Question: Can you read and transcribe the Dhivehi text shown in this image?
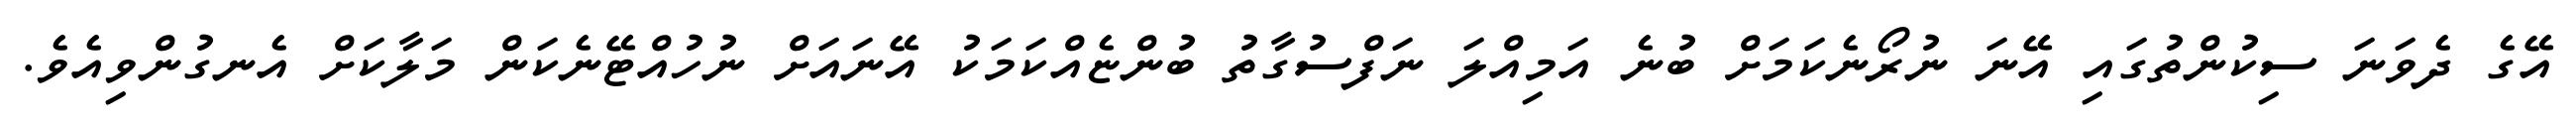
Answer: އޭގެ ދެވަނަ ސިކުންތުގައި އޭނަ ނުރޯނެކަމަށް ބުނެ އަމިއްލަ ނަފްސުގާތު ބުންޏެއްކަމަކު އޭނައަށް ނުހުއްޓޭނެކަން މަލާކަށް އެނގުންވިއެވެ.